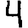
Digit: 4